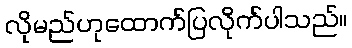
လိုမည်ဟုထောက်ပြလိုက်ပါသည်။